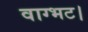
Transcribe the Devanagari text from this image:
वाग्भट।